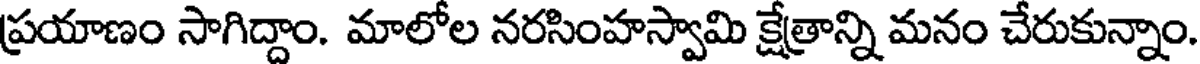
ప్రయాణం సాగిద్దాం. మాలోల నరసింహస్వామి క్షేత్రాన్ని మనం చేరుకున్నాం.